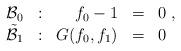
LaTeX: \begin{align*}\begin{array}{rrrll}{\cal B}_{0}&:&f_{0}-1&=&0\;,\\\tilde{\cal B}_{1}&:&G(f_{0},f_{1})&=&0\end{array}\end{align*}